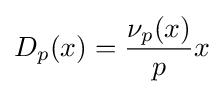
D_{p}(x)={\frac {\nu _{p}(x)}{p}}x